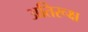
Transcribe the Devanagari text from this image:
अतिरूक्ष